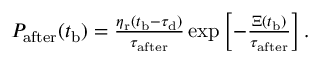
\begin{array} { r } { P _ { \mathrm { a f t e r } } ( t _ { \mathrm { b } } ) = \frac { \eta _ { \mathrm { r } } ( t _ { \mathrm { b } } - \tau _ { \mathrm { d } } ) } { \tau _ { \mathrm { a f t e r } } } \exp \left[ - \frac { \Xi ( t _ { \mathrm { b } } ) } { \tau _ { \mathrm { a f t e r } } } \right] . } \end{array}